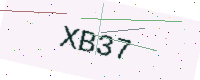
Text: XB37